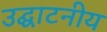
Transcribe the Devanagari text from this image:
उद्घाटनीय